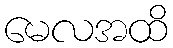
မေလအထိ